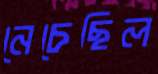
নেচেছিল